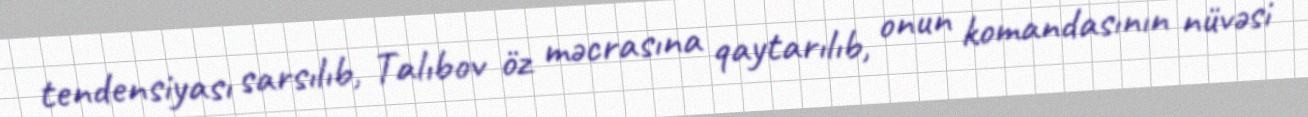
tendensiyası sarsılıb, Talıbov öz məcrasına qaytarılıb, onun komandasının nüvəsi